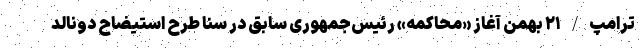
ترامپ/۲۱ بهمن آغاز «محاکمه» رئیس‌جمهوری سابق در سنا طرح استیضاح دونالد